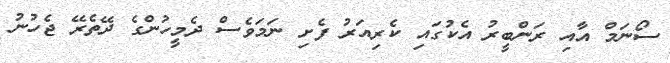
ސޯނަމް އާއި ރަންބީރު އެކުގައި ކެރިއަރު ފެށި ނަމަވެސް ދެމީހުންގެ ދޭތެރޭ ޖެހުނު